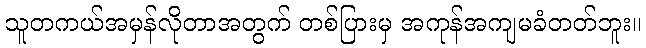
သူတကယ်အမှန်လိုတာအတွက် တစ်ပြားမှ အကုန်အကျမခံတတ်ဘူး။